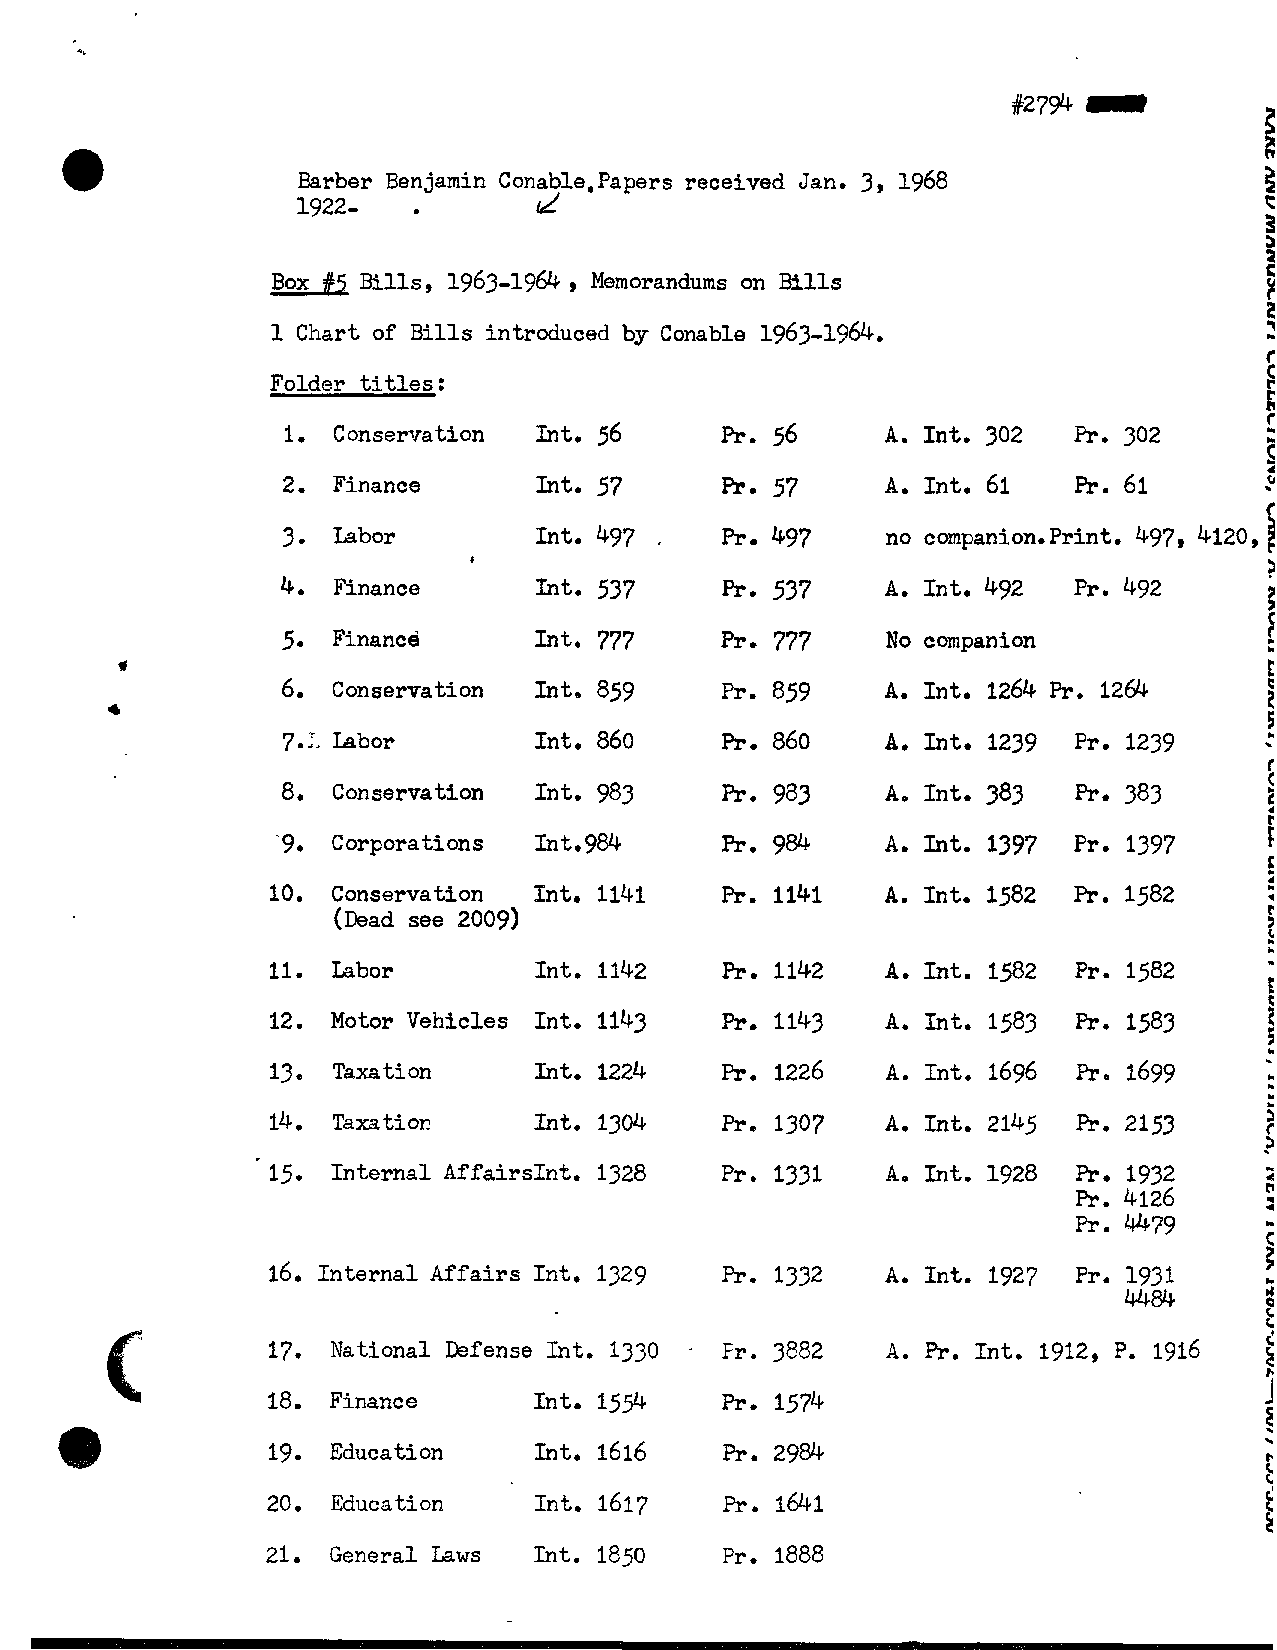
Barber Ben. j amin Conable, Papers received Jan. 3, 1968
 1922-          d
 ,
 Box #5 Bills, 1963-1964 Memorandums on Bills
 1 Chart of Bills introduced by Conable 1963-1964.
 t
 Folder titles :                                                   f
 1. Conservation Int. 56      h.. 56    A. Int. 302  Pr. 302      I s:
 2. Finance      Into 57      Pr. 57    A. Int. 61   Pr. 61       c
 f
 3. Labor        Int. 497     Pr. 497    no companion.Print. 497, 4120,
 ,
 8
 4. Finance      lilt. 537
 5. Finance      Into 777        777     No companion
 Pro
 6. Conservation Int. 859     Pr. 859   A. Int. 1264 Pr. 12&
 7.:. Labor      Int. 860     Pr. 860    A. Int. 1239 Pr. 1239
 8. Conservation Int. 983     Pr. 983    A. Int. 383 Pr. 383
 -9. Corporations Int.984      Fr. 984    A. Int. 1397 Pr. 1397
 10. Conservation Int. 1141    Pr. 1141   A. Int. 1582 Pr. 1582
 (Dead see 2009)
 11. Labor        Int. 1142    Pr. 1142   A. Int. 1582 Pr. 1582
 12. Motor Vehicles Int. 1143  Pr. 1143   A. Int. 1583 Pr. 1583
 13. Taxation     Int. 1224    ~ r .1 226 A. ~ n t .1 696 Pr. 1699
 14. Taxatior!    Int. 1304    Pr. 1307   A. Int. 2145 Pr. 2153
 15. Internal AffairsInt. 1328 Pr. 1331   A, Int. 1928 Pr. 1932
 Pr. 4126
 Pr. w79
 16. Internal Affairs Int. 1329 Pr. 1332  A. Int. 1927 Pr. 1931
 4484.
 17. National Defense Int. 1330 - Fr. 3882 A. Pr. Int. 1912, P. 1916
 18. Finance      Int. 159     Pr. 1574
 19. Education    Int. 1616
 20. Education    Int. 1617
 21. General Laws Int. 1850